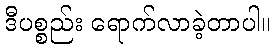
ဒီပစ္စည်း ရောက်လာခဲ့တာပါ။